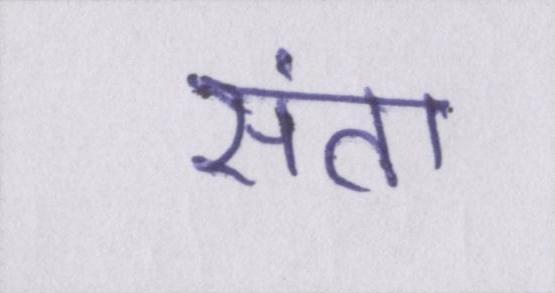
संता